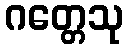
ဂတ္တေသု